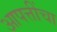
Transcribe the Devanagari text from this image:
आपत्तींचा